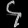
Digit: ၄